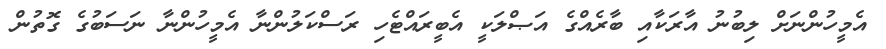
އެމީހުންނަށް ލިބުނު އާރަކާއި ބާރެއްގެ އަޞްލަކީ އެބީރައްޓެހި ރަސްކަލުންނާ އެމީހުންނާ ނަސަބުގެ ގޮތުން